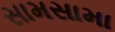
સામસામા